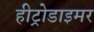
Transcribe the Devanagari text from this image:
हीट्रोडाइमर